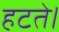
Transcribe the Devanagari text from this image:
हटते।